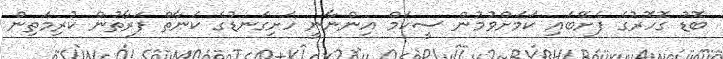
ބޮޑު ގޮހޮރުގެ ފެށޭބައި ކަމަށްވުމުން ސީކަމް އިންނާނީ ހަށިގަނޑުގެ ކަނާތް ފަރާތުން ކުރިމަތިން